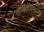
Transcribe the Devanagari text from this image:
टाक्यावरूनच